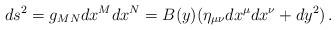
LaTeX: \begin{align*}ds^2 = g_{MN}dx^Mdx^N= B(y)(\eta_{\mu\nu}dx^\mu dx^\nu +dy^2)\,.\end{align*}